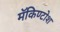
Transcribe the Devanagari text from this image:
मॅकिण्टोश